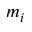
m _ { i }